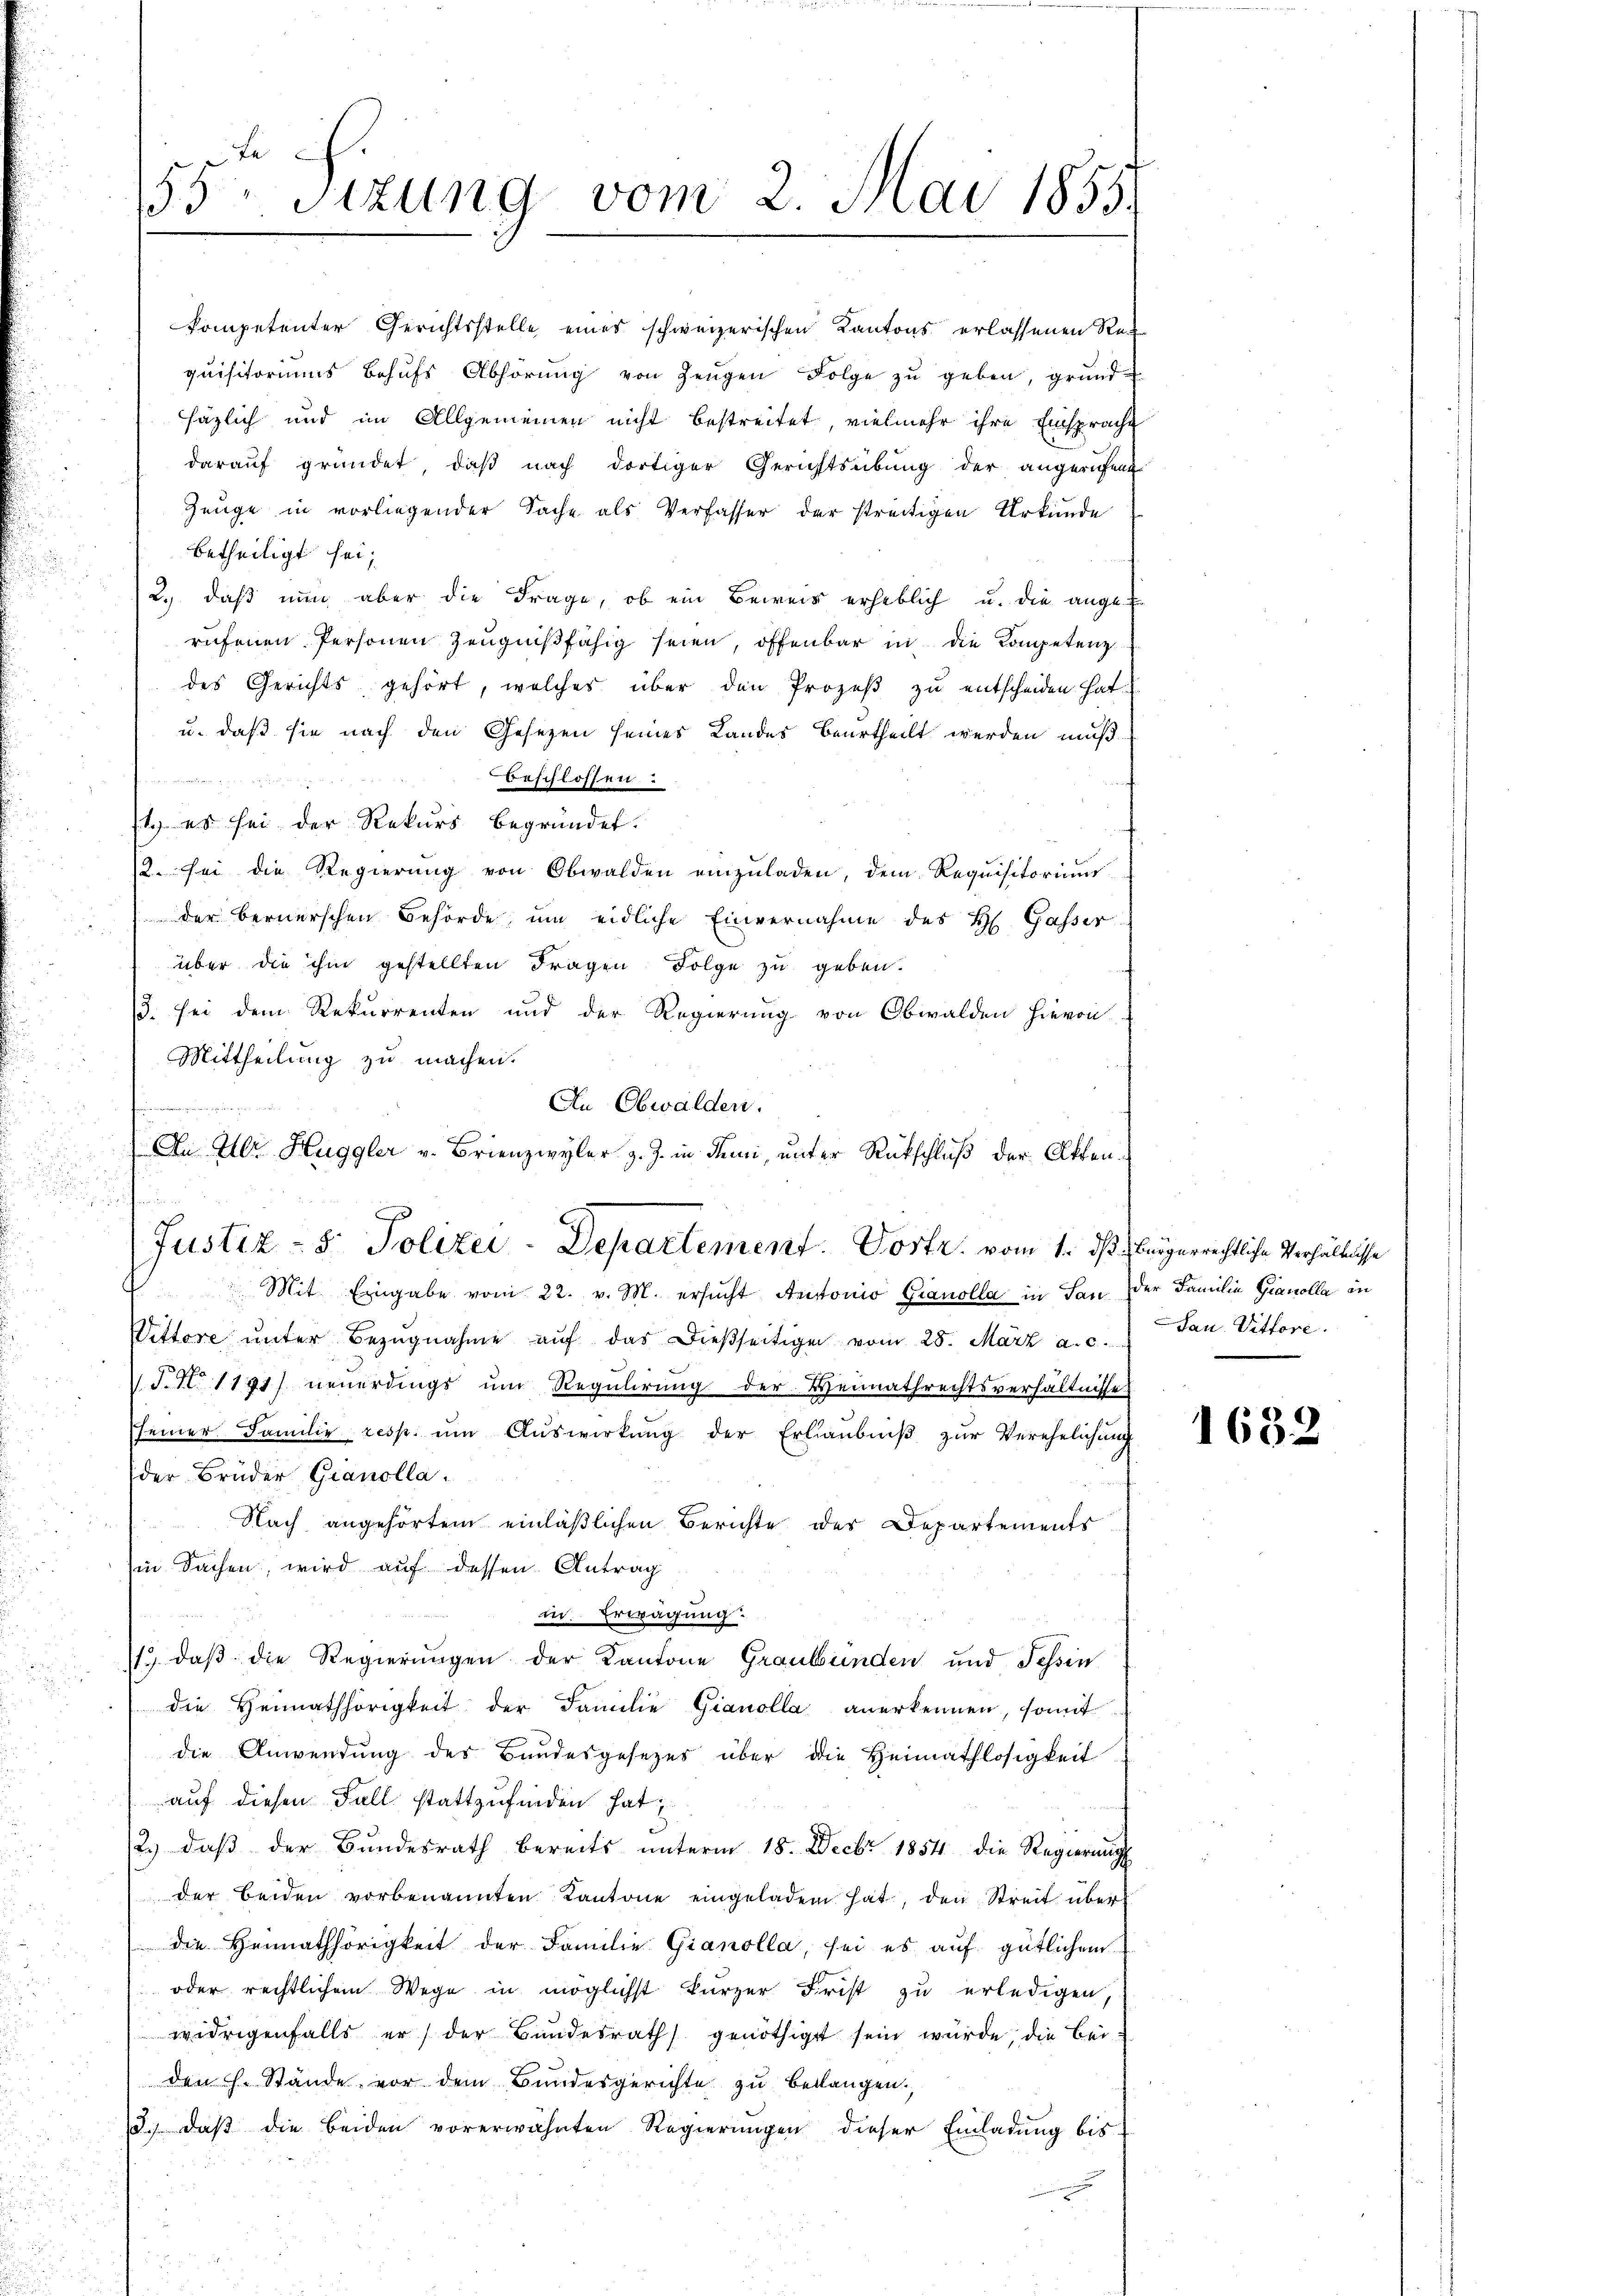
55. Sitzung vom 2. Mai 1855.

u. daß sie nach den Gesetzen seines Landes beurtheilt werden muß.

beschlossen
t. es sei der Rekurs begründet.
2. sei die Regierung von Obwalden einzuladen, dem Requisitorium
der bernerschen Behörde, um eidliche Einvernahme des H. Gasser
über die ihm gestellten Fragen Folge zu geben.
3. sei dem Rekurrenten und der Regierung von Obwalden hievon
Mittheilung zu machen.
Mit Eingabe vom 22. v. M. ersucht Antonio Granolla in San der Familie Gianolla in
Vittore ŭnter Bezŭgnahme aŭf das dießseitigen vom 28. März a. c.
S.N. 1191) neuerdings um Regulirung der Weimathrechtsverhältnisse
seiner Familie resp. ŭm Aŭswirkung der Erlaubniß zur Verehelichung
der Brüder Gianolla.
Nach angehörtem einläßlichen Berichte der Departements
Ein Sachen, wird auf dessen Antrag
m. Erwägung.
1.) daß die Regierungen der Kantone Graubünden und Schin
die Heimathörigkeit der Familie Gianolla anerkennen, somit
die Anwendung des Bandesgesezes über die Heimathlosigkeit
auf diesen Fall stattzufinden hat
2.) daβ der Bŭndesrath bereits ŭnterm 18. Decbr 1854 die Regierung
der beiden vorbenannten Kantone eingeladen hat, den Streit über
die Heimathörigkeit der Familie Gianolla, sei es auf gütlichem
oder rechtlichem Wege in möglichst kürzer Frist zu erledigen,
widrigenfalls er der Bundesrath genöthigt sein würde, die Beiden h. Stände vor dem Bundesgerichte zu belangen.
d.) daß die beiden vorerwähnten Regierungen dieser Einladung bis

kompetenter Gerichtsstelle eines schweizerischen Kantons erlassenen Requisitoriums behŭfs Abhörŭng von Zeŭgen Folge zŭ geben, grund-
häzlich und im Allgemeinen nicht bestreitet, vielmehr ihre Einsprache
darauf gründet, daß nach dortiger Gerichtsübung der angerufent
Zeuge in vorliegender Sache als Verfasser der streitigen Urkunde
betheiligt sei,
2.) daß nun aber die Frage, ob ein Beweis erheblich u. die ange
rufenen Personen Zeugnißfähig seien, offenbar in die Kompetenz
des Gerichts gehört, welches über den Prozeß zu entscheiden hat.

An Obwalden.
iegen er die ein
fe
An Ulr. Huggler v. Brienzwyler z. Z. in dem, unter Rückschluß der Akten¬
Justiz- & Polizei-Departement. Postr. vom 1. daß beigerrechtliche Verhältnisse

San. Vittore.

1632